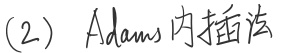
(2) Adams内插法